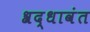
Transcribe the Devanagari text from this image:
श्रद्धावंत